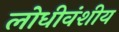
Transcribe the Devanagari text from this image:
लोधीवंशीय